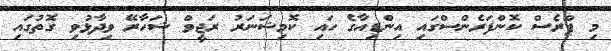
މި ޕްރެސް ކޮންފަރެންސްގައި އިންޑިއާގެ ހައި ކޮމިޝަނަރު ރަޖީވް ޝަހާރޭ ވިދާޅުވި ގޮތުގައި